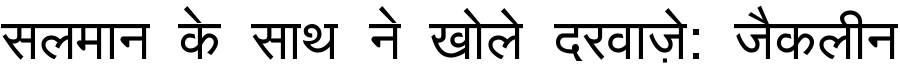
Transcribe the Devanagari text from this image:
सलमान के साथ ने खोले दरवाज़े: जैकलीन